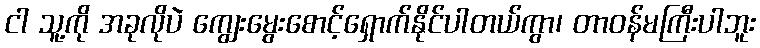
ငါ သူ့ကို အခုလိုပဲ ကျွေးမွေးစောင့်ရှောက်နိုင်ပါတယ်ကွာ၊ တာဝန်မကြီးပါဘူး